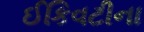
ઈકિવટીના